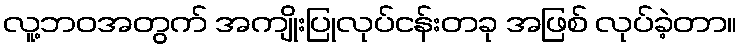
လူ့ဘဝအတွက် အကျိုးပြုလုပ်ငန်းတခု အဖြစ် လုပ်ခဲ့တာ။